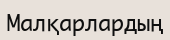
Малқарлардың